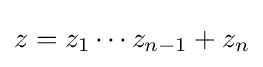
z=z_{1}\cdots z_{n-1}+z_{n}